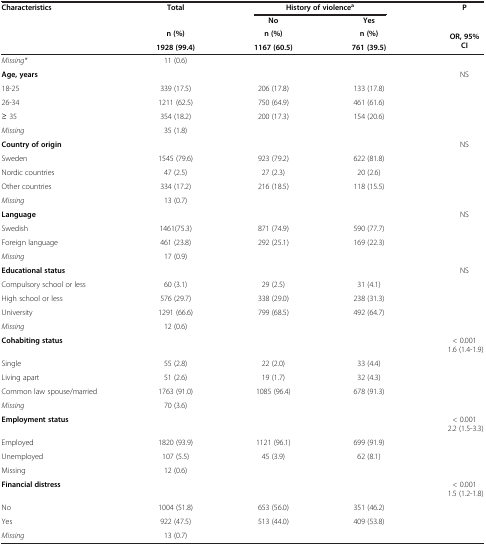
<table><thead><tr><td><b>Characteristics</b></td><td><b>Total</b></td><td colspan="2"><b>History of violence<sup>a</sup></b></td><td rowspan="2"><b>P</b></td></tr><tr><td rowspan="3"><b> </b></td><td><b> </b></td><td><b>No</b></td><td><b>Yes</b></td></tr><tr><td><b>n (%)</b></td><td><b>n (%)</b></td><td><b>n (%)</b></td><td rowspan="2"><b>OR, 95% CI</b></td></tr><tr><td><b>1928 (99.4)</b></td><td><b>1167 (60.5)</b></td><td><b>761 (39.5)</b></td></tr></thead><tbody><tr><td><i>Missing*</i></td><td>11 (0.6)</td><td> </td><td> </td><td> </td></tr><tr><td><b>Age, years</b></td><td> </td><td> </td><td> </td><td>NS</td></tr><tr><td>18-25</td><td>339 (17.5)</td><td>206 (17.8)</td><td>133 (17.8)</td><td> </td></tr><tr><td>26-34</td><td>1211 (62.5)</td><td>750 (64.9)</td><td>461 (61.6)</td><td> </td></tr><tr><td>≥ 35</td><td>354 (18.2)</td><td>200 (17.3)</td><td>154 (20.6)</td><td> </td></tr><tr><td><i>Missing</i></td><td>35 (1.8)</td><td> </td><td> </td><td> </td></tr><tr><td><b>Country of origin</b></td><td> </td><td> </td><td> </td><td>NS</td></tr><tr><td>Sweden</td><td>1545 (79.6)</td><td>923 (79.2)</td><td>622 (81.8)</td><td> </td></tr><tr><td>Nordic countries</td><td>47 (2.5)</td><td>27 (2.3)</td><td>20 (2.6)</td><td> </td></tr><tr><td>Other countries</td><td>334 (17.2)</td><td>216 (18.5)</td><td>118 (15.5)</td><td> </td></tr><tr><td><i>Missing</i></td><td>13 (0.7)</td><td> </td><td> </td><td> </td></tr><tr><td><b>Language</b></td><td> </td><td> </td><td> </td><td>NS</td></tr><tr><td>Swedish</td><td>1461(75.3)</td><td>871 (74.9)</td><td>590 (77.7)</td><td> </td></tr><tr><td>Foreign language</td><td>461 (23.8)</td><td>292 (25.1)</td><td>169 (22.3)</td><td> </td></tr><tr><td><i>Missing</i></td><td>17 (0.9)</td><td> </td><td> </td><td> </td></tr><tr><td><b>Educational status</b></td><td> </td><td> </td><td> </td><td>NS</td></tr><tr><td>Compulsory school or less</td><td>60 (3.1)</td><td>29 (2.5)</td><td>31 (4.1)</td><td> </td></tr><tr><td>High school or less</td><td>576 (29.7)</td><td>338 (29.0)</td><td>238 (31.3)</td><td> </td></tr><tr><td>University</td><td>1291 (66.6)</td><td>799 (68.5)</td><td>492 (64.7)</td><td> </td></tr><tr><td><i>Missing</i></td><td>12 (0.6)</td><td> </td><td> </td><td> </td></tr><tr><td><b>Cohabiting status</b></td><td> </td><td> </td><td> </td><td>&lt; 0.001 1.6 (1.4-1.9)</td></tr><tr><td>Single</td><td>55 (2.8)</td><td>22 (2.0)</td><td>33 (4.4)</td><td> </td></tr><tr><td>Living apart</td><td>51 (2.6)</td><td>19 (1.7)</td><td>32 (4.3)</td><td> </td></tr><tr><td>Common law spouse/married</td><td>1763 (91.0)</td><td>1085 (96.4)</td><td>678 (91.3)</td><td> </td></tr><tr><td><i>Missing</i></td><td>70 (3.6)</td><td> </td><td> </td><td> </td></tr><tr><td><b>Employment status</b></td><td> </td><td> </td><td> </td><td>&lt; 0.001 2.2 (1.5-3.3)</td></tr><tr><td>Employed</td><td>1820 (93.9)</td><td>1121 (96.1)</td><td>699 (91.9)</td><td> </td></tr><tr><td>Unemployed</td><td>107 (5.5)</td><td>45 (3.9)</td><td>62 (8.1)</td><td> </td></tr><tr><td>Missing</td><td>12 (0.6)</td><td> </td><td> </td><td> </td></tr><tr><td><b>Financial distress</b></td><td> </td><td> </td><td> </td><td>&lt; 0.001 1.5 (1.2-1.8)</td></tr><tr><td>No</td><td>1004 (51.8)</td><td>653 (56.0)</td><td>351 (46.2)</td><td> </td></tr><tr><td>Yes</td><td>922 (47.5)</td><td>513 (44.0)</td><td>409 (53.8)</td><td> </td></tr><tr><td><i>Missing</i></td><td>13 (0.7)</td><td> </td><td> </td><td> </td></tr></tbody></table>